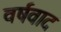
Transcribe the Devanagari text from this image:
वर्षवाद